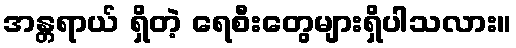
အန္တရာယ် ရှိတဲ့ ရေစီးတွေများရှိပါသလား။